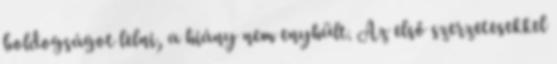
boldogságot lelni, a hiány nem enyhült. Az első szerzetesekkel